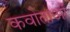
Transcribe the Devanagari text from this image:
कवोताओं